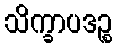
သိက္ခာပဒဉ္စ